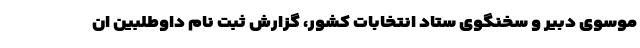
موسوی دبیر و سخنگوی ستاد انتخابات کشور، گزارش ثبت نام داوطلبین ان